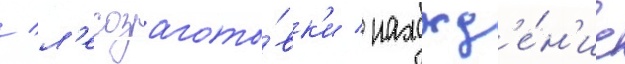
/ л'есозагото́вк'и / нахожд'е́н'ие